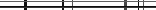
١